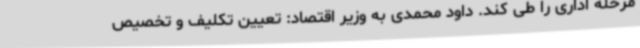
مرحله اداری را طی کند. داود محمدی به وزیر اقتصاد: تعیین تکلیف و تخصیص